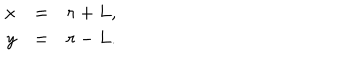
\begin{array} { r c l } { { x } } & { { = } } & { { r + L , } } \\ { { y } } & { { = } } & { { r - L . } } \\ \end{array}